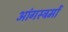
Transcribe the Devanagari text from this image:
आंगस्त्रमों